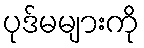
ပုဒ်မများကို